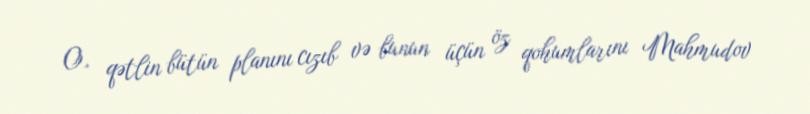
O, qətlin bütün planını cızıb və bunun üçün öz qohumlarını Mahmudov